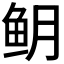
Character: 𬶈